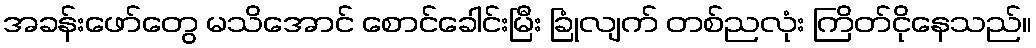
အခန်းဖော်တွေ မသိအောင် စောင်ခေါင်းမြီး ခြုံလျက် တစ်ညလုံး ကြိတ်ငိုနေသည်။